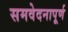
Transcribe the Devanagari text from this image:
समवेदनापूर्ण